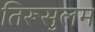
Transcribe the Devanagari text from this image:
तिरूसुलम